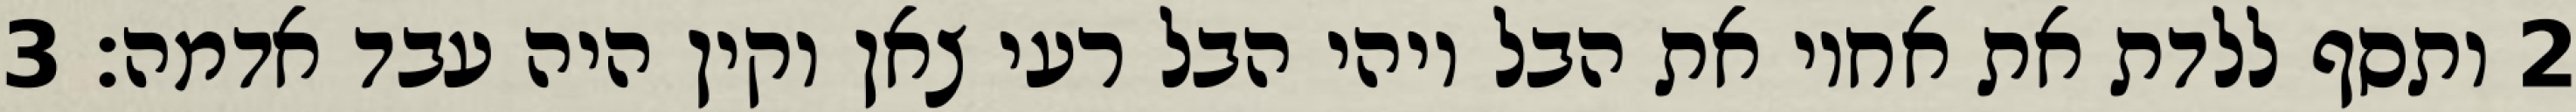
‎2‏ ותסף ללדת את אחיו את הבל ויהי הבל רעי צאן וקין היה עבד אדמה׃ ‎3‏